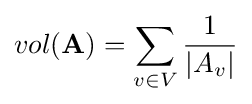
vol(\mathbf {A} )=\sum _{v\in V}{\frac {1}{|A_{v}|}}